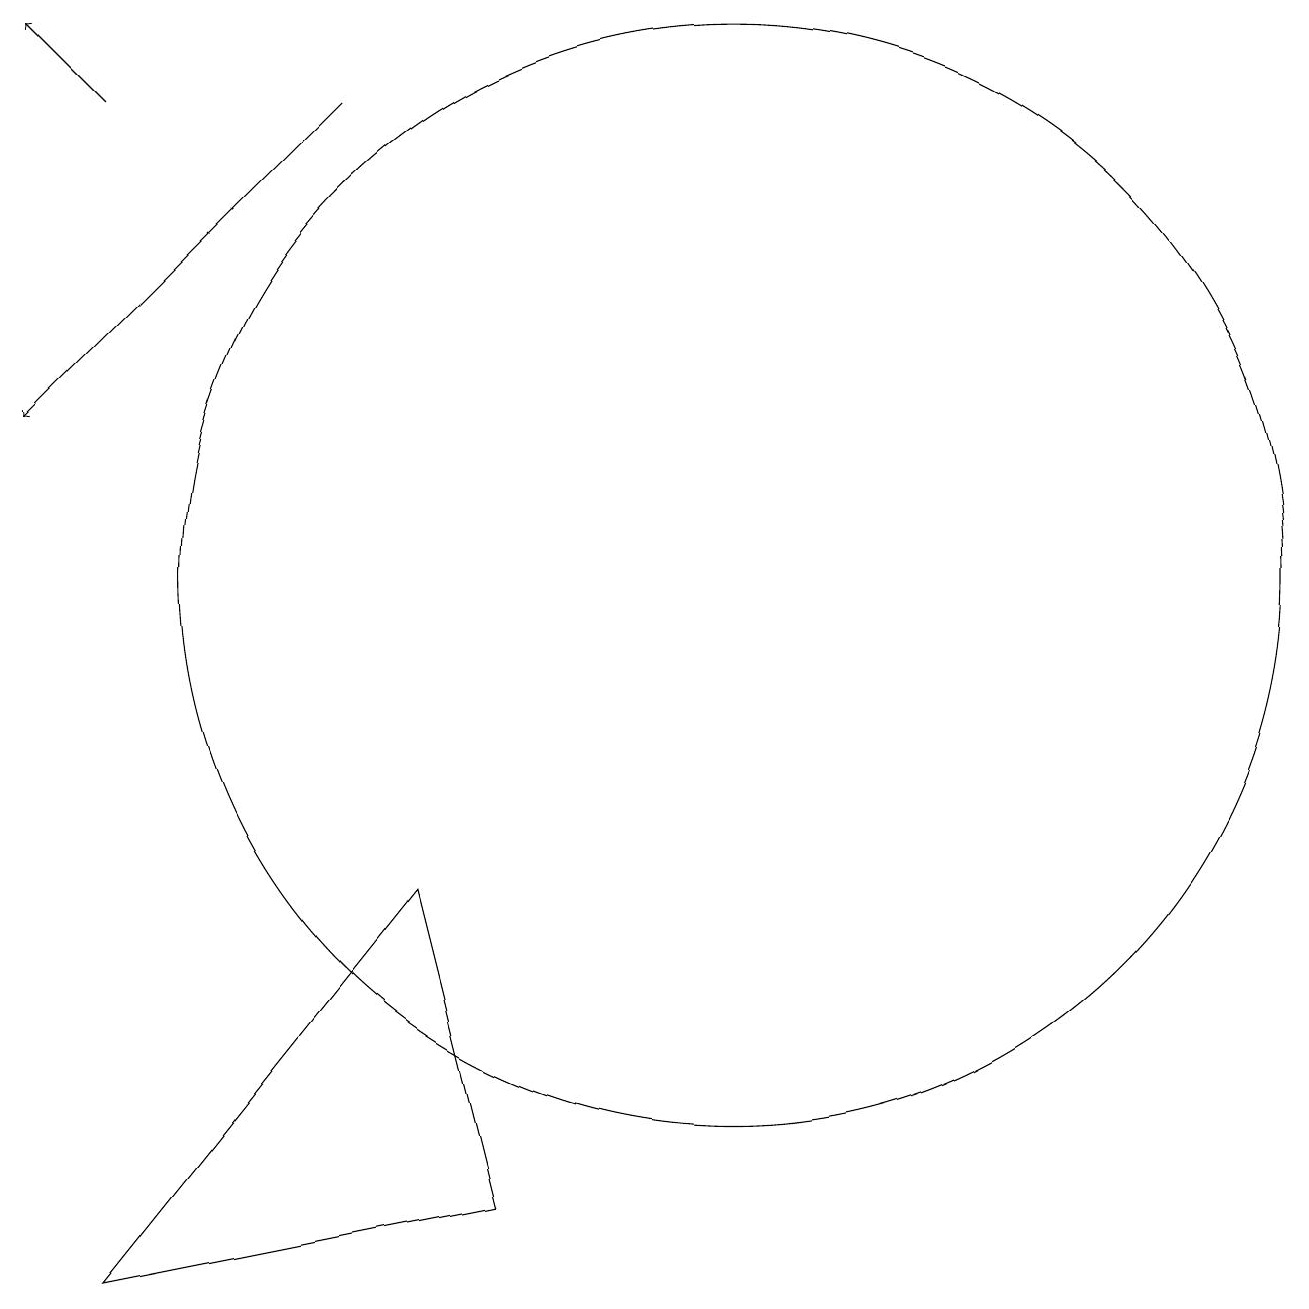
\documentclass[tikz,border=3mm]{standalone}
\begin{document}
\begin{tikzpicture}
\draw (11,10) circle (7);
\draw (3,1) -- (7,6) -- (8,2) -- cycle;
\draw[->] (3,16) -- (2,17);
\draw[->] (6,16) -- (2,12);
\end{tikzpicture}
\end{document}